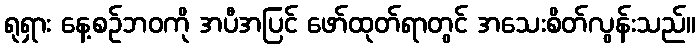
ရုရှား နေ့စဉ်ဘဝကို အပီအပြင် ဖော်ထုတ်ရာတွင် အသေးစိတ်လွန်းသည်။